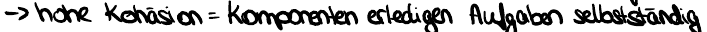
-> hohe Kohäsion = Komponenten erledigen Aufgaben selbstständig